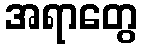
အရာတွေ